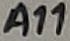
Text: A11